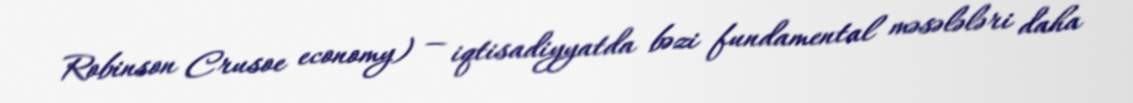
Robinson Crusoe economy) — iqtisadiyyatda bəzi fundamental məsələləri daha